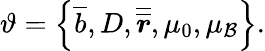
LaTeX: \vartheta=\left\{ \overline{{b}},D,\overline{{\boldsymbol{\overline{{r}}}}},\mu_{0},\mu_{\mathcal{B}}\right\} .